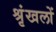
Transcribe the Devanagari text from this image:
श्रृंखलों